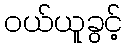
ဝယ်ယူခွင့်